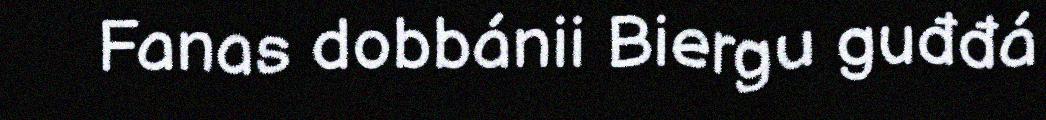
Fanas dobbánii Biergu guđđá